Civil Veterinary Dept. Bombay admin report 1900-1906 - 1900-1906
Year: 1900
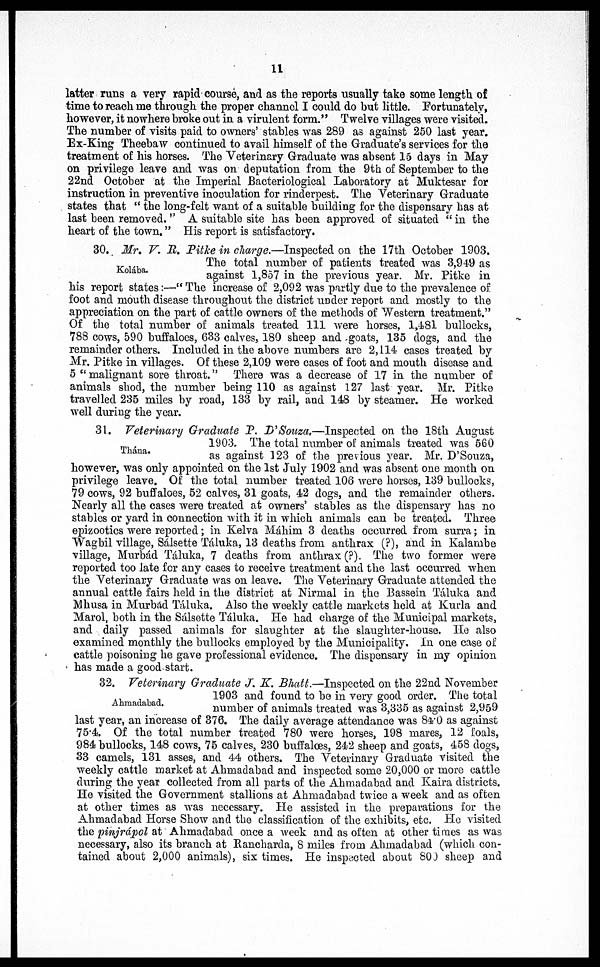
11
latter runs a very rapid course, and as the reports usually take some length of
time to reach me through the proper channel I could do hut little. Fortunately,
however, it nowhere broke out in a virulent form." Twelve villages were visited.
The number of visits paid to owners' stables was 289 as against 250 last year.
Ex-King Theebaw continued to avail himself of the Graduate's services for the
treatment of his horses. The Veterinary Graduate was absent 15 days in May
on privilege leave and was on deputation from the 9th of September to the
22nd October at the Imperial Bacteriological Laboratory at Muktesar for
instruction in preventive inoculation for rinderpest. The Veterinary Graduate
states that "the long-felt want of a suitable building for the dispensary has at
last been removed." A suitable site has been approved of situated "in the
heart of the town." His report is satisfactory.
Kolába.
30. Mr. V. R. Pitke in charge.—Inspected on the 17th October 1903.
The total number of patients treated was 3,949 as
against 1,857 in the previous year. Mr. Pitke in
his report states:—"The increase of 2,092 was partly due to the prevalence of
foot and mouth disease throughout the district under report and mostly to the
appreciation on the part of cattle owners of the methods of Western treatment."
Of the total number of animals treated 111 were horses, 1,481 bullocks,
788 cows, 590 buffaloes, 633 calves, 180 sheep and goats, 135 dogs, and the
remainder others. Included in the above numbers are 2,114 cases treated by
Mr. Pitke in villages. Of these 2,109 were cases of foot and mouth disease and
5 "malignant sore throat." There was a decrease of 17 in the number of
animals shod, the number being 110 as against 127 last year. Mr. Pitke
travelled 235 miles by road, 133 by rail, and 148 by steamer. He worked
well during the year.
Thána.
31. Veterinary Graduate P. D'Souza.—Inspected on the 18th August
1903. The total number of animals treated was 560
as against 123 of the previous year. Mr. D'Souza,
however, was only appointed on the 1st July 1902 and was absent one month on
privilege leave. Of the total number treated 106 were horses, 139 bullocks,
79 cows, 92 buffaloes, 52 calves, 31 goats, 42 dogs, and the remainder others.
Nearly all the cases were treated at owners' stables as the dispensary has no
stables or yard in connection with it in which animals can be treated. Three
epizootics were reported; in Kelva Máhim 3 deaths occurred from surra; in
Wagbil village, Sálsette Táluka, 13 deaths from anthrax (?), and in Kalambe
village, Murbád Táluka, 7 deaths from anthrax (?). The two former were
reported too late for any cases to receive treatment and the last occurred when
the Veterinary Graduate was on leave. The Veterinary Graduate attended the
annual cattle fairs held in the district at Nirmal in the Bassein Táluka and
Mhusa in Murbad Táluka. Also the weekly cattle markets held at Kurla and
Marol, both in the Sálsette Táluka. He had charge of the Municipal markets,
and daily passed animals for slaughter at the slaughter-house. He also
examined monthly the bullocks employed by the Municipality. In one case of
cattle poisoning he gave professional evidence. The dispensary in my opinion
has made a good start.
Ahmadabad.
32. Veterinary Graduate J. K. Bhatt.—Inspected on the 22nd November
1903 and found to bo in very good order. The total
number of animals treated was 3,335 as against 2,959
last year, an increase of 376. The daily average attendance was 84.0 as against
75.4. Of the total number treated 780 were horses, 198 mares, 12 foals,
984 bullocks, 148 cows, 75 calves, 230 buffaloes, 242 sheep and goats, 458 dogs,
33 camels, 131 asses, and 44 others. The Veterinary Graduate visited the
weekly cattle market at Ahmadabad and inspected some 20,000 or more cattle
during the year collected from all parts of the Ahmadabad and Kaira districts.
He visited the Government stallions at Ahmadabad twice a week and as often
at other times as was necessary. He assisted in the preparations for the
Ahmadabad Horse Show and the classification of the exhibits, etc. He visited
the pinjrápol at Ahmadabad once a week and as often at other times as was
necessary, also its branch at Rancharda, 8 miles from Ahmadabad (which con-
tained about 2,000 animals), six times. He inspected about 800 sheep and